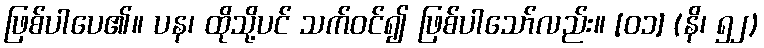
ဖြစ်ပါပေ၏။ ပန၊ ထိုသို့ပင် သက်ဝင်၍ ဖြစ်ပါသော်လည်း။ [၀၁] (နိ၊ ၅၂)